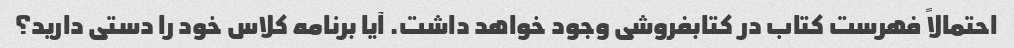
احتمالاً فهرست کتاب در کتابفروشی وجود خواهد داشت. آیا برنامه کلاس خود را دستی دارید؟